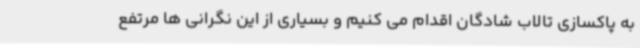
به پاکسازی تالاب شادگان اقدام می کنیم و بسیاری از این نگرانی ها مرتفع